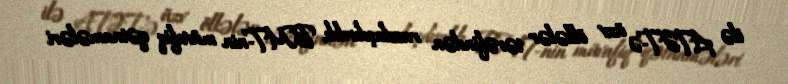
ilə ATƏT-ə üzv ölkələr tərəfindən razılaşdırılıb, BMT-nin müvafiq qətnamələri